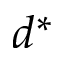
d ^ { * }